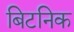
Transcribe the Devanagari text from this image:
बिटनिक